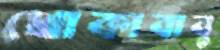
খোকাবাবু